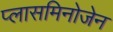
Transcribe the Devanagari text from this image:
प्लासमिनोजेन